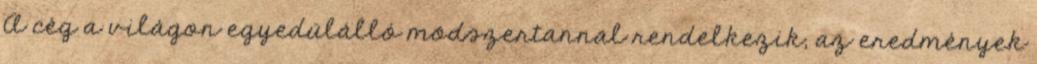
A cég a világon egyedülálló módszertannal rendelkezik, az eredmények